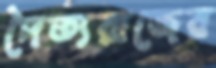
দৈত্যরাজের